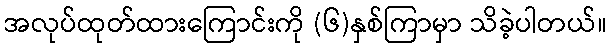
အလုပ်ထုတ်ထားကြောင်းကို (၆)နှစ်ကြာမှာ သိခဲ့ပါတယ်။